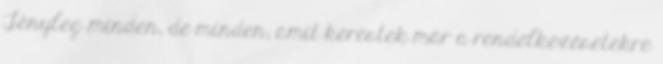
Tényleg minden, de minden, amit kerestek már a rendelkezésetekre